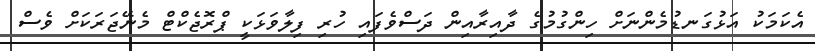
އެކަމަކު އަޅުގަނޑުމެންނަށް ހިންގުމުގެ ދާއިރާއިން ދަސްވެފައި ހުރި ފިލާވަޅަކީ ޕްރޮޖެކްޓް މެނޭޖަރަކަށް ވެސް